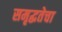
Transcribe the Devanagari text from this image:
समृद्धतेचा